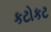
કટોકટ